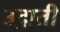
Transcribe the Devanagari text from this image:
उद्गाती